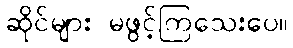
ဆိုင်များ မဖွင့်ကြသေးပေ။